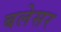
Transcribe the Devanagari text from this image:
बलेसर